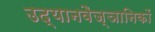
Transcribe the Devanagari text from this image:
उद्यानवैज्ञानिकों